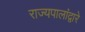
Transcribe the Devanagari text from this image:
राज्यपालांद्वारे